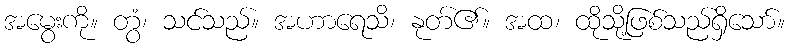
အမွေးကို။ တွံ၊ သင်သည်။ အဟာရေသိ၊ နုတ်၏။ အထ၊ ထိုသို့ဖြစ်သည်ရှိသော်။